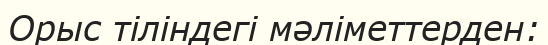
Орыс тіліндегі мәліметтерден: